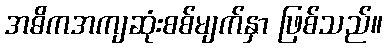
အဓိကအကျဆုံးစစ်မျက်နှာ ဖြစ်သည်။